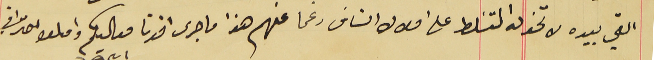
التي بيده لا تخوله التسَلط على املاك الناسَ رغما عنهم هذا ما جرى افدنا معاليكم واقىلوا احترامي